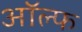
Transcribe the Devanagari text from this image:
ऑल्फ